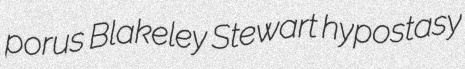
porus Blakeley Stewart hypostasy